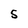
Character: S